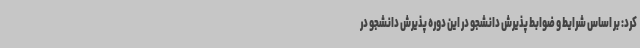
کرد: بر اساس شرایط و ضوابط پذیرش دانشجو در این دوره پذیرش دانشجو در